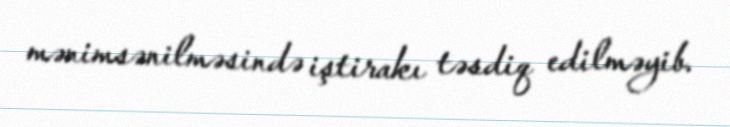
mənimsənilməsində iştirakı təsdiq edilməyib.